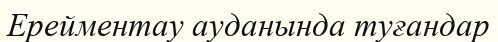
Ерейментау ауданында туғандар